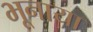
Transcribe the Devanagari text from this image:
भूनाया